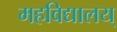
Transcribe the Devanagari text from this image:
महविद्यालय्